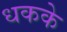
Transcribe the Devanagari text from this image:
धकके